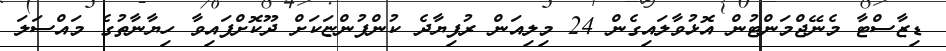
ޑިޒާސްޓާ މެނޭޖްމަންޓުން އޮޅުވާލައިގެން 24 މިލިއަން ރުފިޔާދެ ކުންފުންޏަކަށް ދޫކޮށްފައިވާ ހިޔާނާތުގެ މައްސަލަ